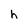
Character: h